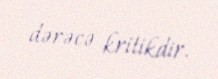
dərəcə kritikdir.